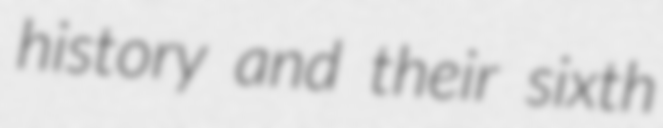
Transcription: history and their sixth